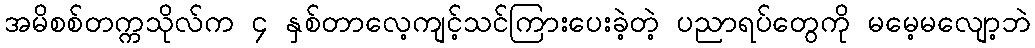
အမိစစ်တက္ကသိုလ်က ၄ နှစ်တာလေ့ကျင့်သင်ကြားပေးခဲ့တဲ့ ပညာရပ်တွေကို မမေ့မလျော့ဘဲ